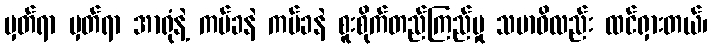
မှတ်ရာ မှတ်ရာ အာရုံနဲ့ ကပ်ခနဲ ကပ်ခနဲ စူးစိုက်တည်ကြည်မှု သမာဓိလည်း ထင်ရှားတယ်၊